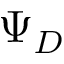
\Psi _ { D }